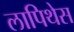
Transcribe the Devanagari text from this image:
लापिथेस